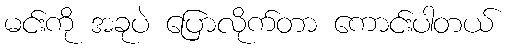
မင်းကို အခုပဲ ပြောလိုက်တာ ကောင်းပါတယ်